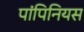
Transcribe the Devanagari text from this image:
पांपिनियस